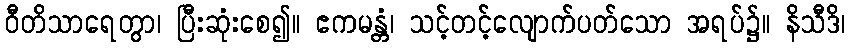
ဝီတိသာရေတွာ၊ ပြီးဆုံးစေ၍။ ဧကမန္တံ၊ သင့်တင့်လျောက်ပတ်သော အရပ်၌။ နိသီဒိ၊